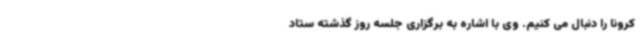
کرونا را دنبال می کنیم. وی با اشاره به برگزاری جلسه روز گذشته ستاد